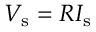
V _ { \mathrm { s } } = R I _ { \mathrm { s } } \,